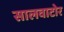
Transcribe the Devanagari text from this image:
सालवाटोर